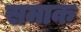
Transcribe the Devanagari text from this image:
समाक